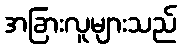
အခြားလူများသည်